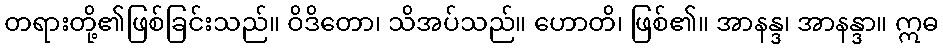
တရားတို့၏ဖြစ်ခြင်းသည်။ ဝိဒိတော၊ သိအပ်သည်။ ဟောတိ၊ ဖြစ်၏။ အာနန္ဒ၊ အာနန္ဒာ။ ဣဓ